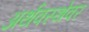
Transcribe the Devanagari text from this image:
अर्थवस्थेवर